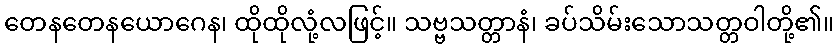
တေနတေနယောဂေန၊ ထိုထိုလုံ့လဖြင့်။ သဗ္ဗသတ္တာနံ၊ ခပ်သိမ်းသောသတ္တဝါတို့၏။